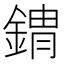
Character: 𰼾